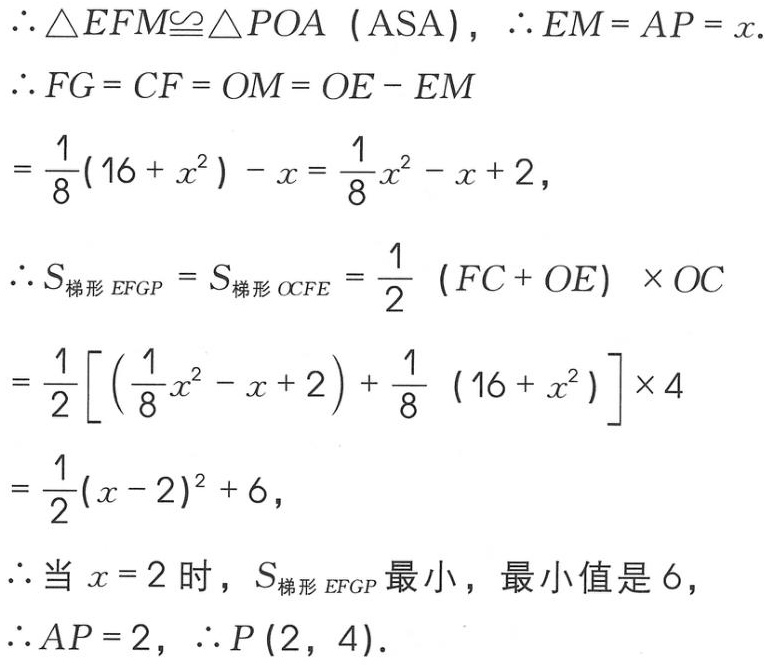
\(\therefore \triangle EFM\cong\triangle POA \ (\text{ASA}), \therefore EM = AP = x.\)
\(\therefore FG = CF = OM = OE - EM\)
\(=\frac{1}{8}(16 + x^{2}) - x=\frac{1}{8}x^{2} - x + 2,\)
\(\therefore S_{梯形EFGP} = S_{梯形OCFE}=\frac{1}{2} \ (FC + OE) \times OC\)
\(=\frac{1}{2}\left[\left(\frac{1}{8}x^{2} - x + 2\right)+\frac{1}{8} \ (16 + x^{2})\right]\times 4\)
\(=\frac{1}{2}(x - 2)^{2} + 6,\)
\(\therefore\)当\(x = 2\)时，\(S_{梯形EFGP}\)最小，最小值是\(6\)，
\(\therefore AP = 2, \therefore P(2, 4).\)